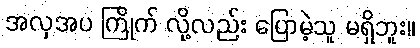
အလှအပ ကြိုက် လို့လည်း ပြောမဲ့သူ မရှိဘူး။